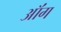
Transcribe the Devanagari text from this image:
ऑंग